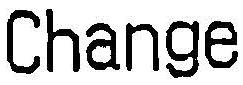
CHANGE